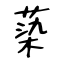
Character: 蒅